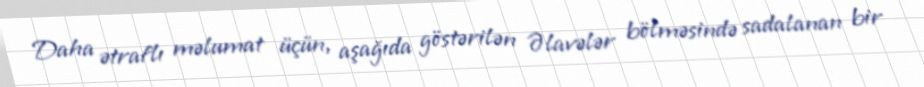
Daha ətraflı məlumat üçün, aşağıda göstərilən Əlavələr bölməsində sadalanan bir